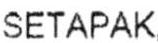
SETAPAK,